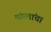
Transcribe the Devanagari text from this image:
मंगलांचा